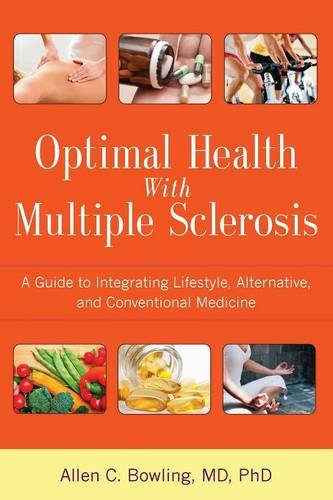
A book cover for Optimal Health with Multiple Sclerosis: A Guide to Integrating Lifestyle, Alternative, and Conventional Medicine; Allen C. Bowling MD  PhD; Health, Fitness & Dieting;